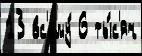
13 вс'ему́ 6 ты́с'яч